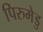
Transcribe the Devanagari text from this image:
पिरुमेडु